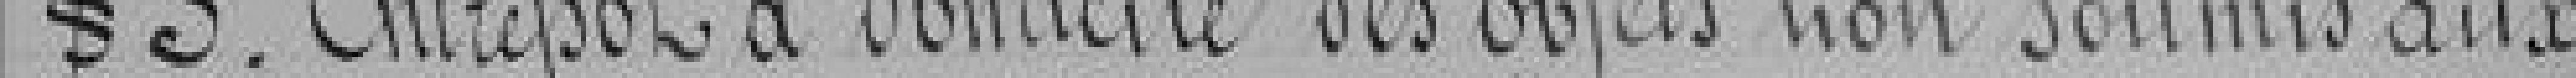
5. Entrepôt à domicile des objets non soumis aux